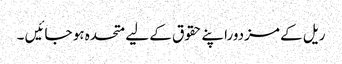
ریل کے مزدوراپنے حقوق کے لیے متحدہ ہو جائیں ۔